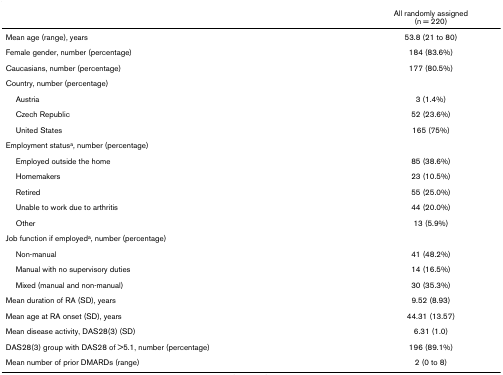
<table><thead><tr><td></td><td><b>All randomly assigned(n = 220)</b></td></tr></thead><tbody><tr><td>Mean age (range), years</td><td>53.8 (21 to 80)</td></tr><tr><td>Female gender, number (percentage)</td><td>184 (83.6%)</td></tr><tr><td>Caucasians, number (percentage)</td><td>177 (80.5%)</td></tr><tr><td>Country, number (percentage)</td><td></td></tr><tr><td> Austria</td><td>3 (1.4%)</td></tr><tr><td> Czech Republic</td><td>52 (23.6%)</td></tr><tr><td> United States</td><td>165 (75%)</td></tr><tr><td>Employment status<sup>a</sup>, number (percentage)</td><td></td></tr><tr><td> Employed outside the home</td><td>85 (38.6%)</td></tr><tr><td> Homemakers</td><td>23 (10.5%)</td></tr><tr><td> Retired</td><td>55 (25.0%)</td></tr><tr><td> Unable to work due to arthritis</td><td>44 (20.0%)</td></tr><tr><td> Other</td><td>13 (5.9%)</td></tr><tr><td>Job function if employed<sup>a</sup>, number (percentage)</td><td></td></tr><tr><td> Non-manual</td><td>41 (48.2%)</td></tr><tr><td> Manual with no supervisory duties</td><td>14 (16.5%)</td></tr><tr><td> Mixed (manual and non-manual)</td><td>30 (35.3%)</td></tr><tr><td>Mean duration of RA (SD), years</td><td>9.52 (8.93)</td></tr><tr><td>Mean age at RA onset (SD), years</td><td>44.31 (13.57)</td></tr><tr><td>Mean disease activity, DAS28(3) (SD)</td><td>6.31 (1.0)</td></tr><tr><td>DAS28(3) group with DAS28 of &gt;5.1, number (percentage)</td><td>196 (89.1%)</td></tr><tr><td>Mean number of prior DMARDs (range)</td><td>2 (0 to 8)</td></tr></tbody></table>